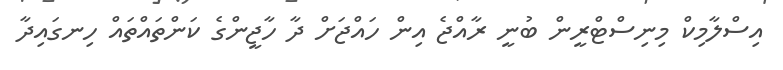
އިސްލާމިކް މިނިސްޓްރީން ބުނީ ރާއްޖެ އިން ހައްޖަށް ދާ ހާޖީންގެ ކަންތައްތައް ހިނގައިދާ